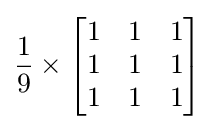
{\frac {1}{9}}\times {\begin{bmatrix}1&1&1\\1&1&1\\1&1&1\end{bmatrix}}